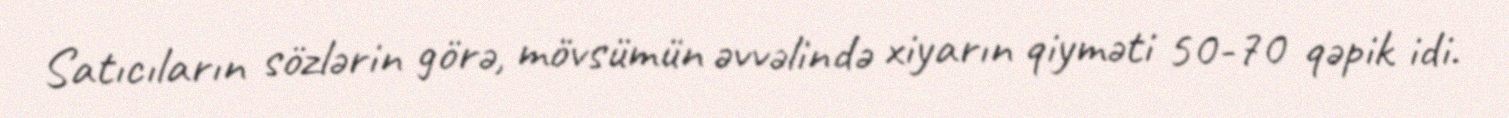
Satıcıların sözlərin görə, mövsümün əvvəlində xiyarın qiyməti 50-70 qəpik idi.